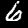
Digit: 6